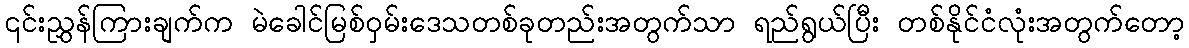
၎င်းညွှန်ကြားချက်က မဲခေါင်မြစ်ဝှမ်းဒေသတစ်ခုတည်းအတွက်သာ ရည်ရွယ်ပြီး တစ်နိုင်ငံလုံးအတွက်တော့